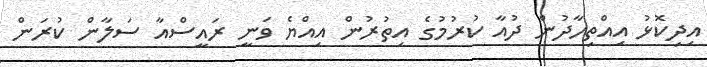
އިދިކޮޅު އިއްތިހާދުން ދުއާ ކުރުމުގެ އިތުރުން އިއްޔެ ވަނީ ރައީސްއާ ސަލާން ކުރަން